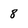
Character: 8